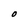
Character: O